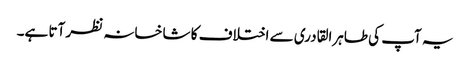
یہ آپ کی طاہرالقادری سے اختلاف کا شاخسانہ نظر آتا ہے۔